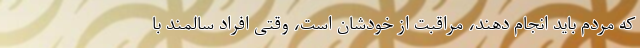
که مردم باید انجام دهند، مراقبت از خودشان است، وقتی افراد سالمند با